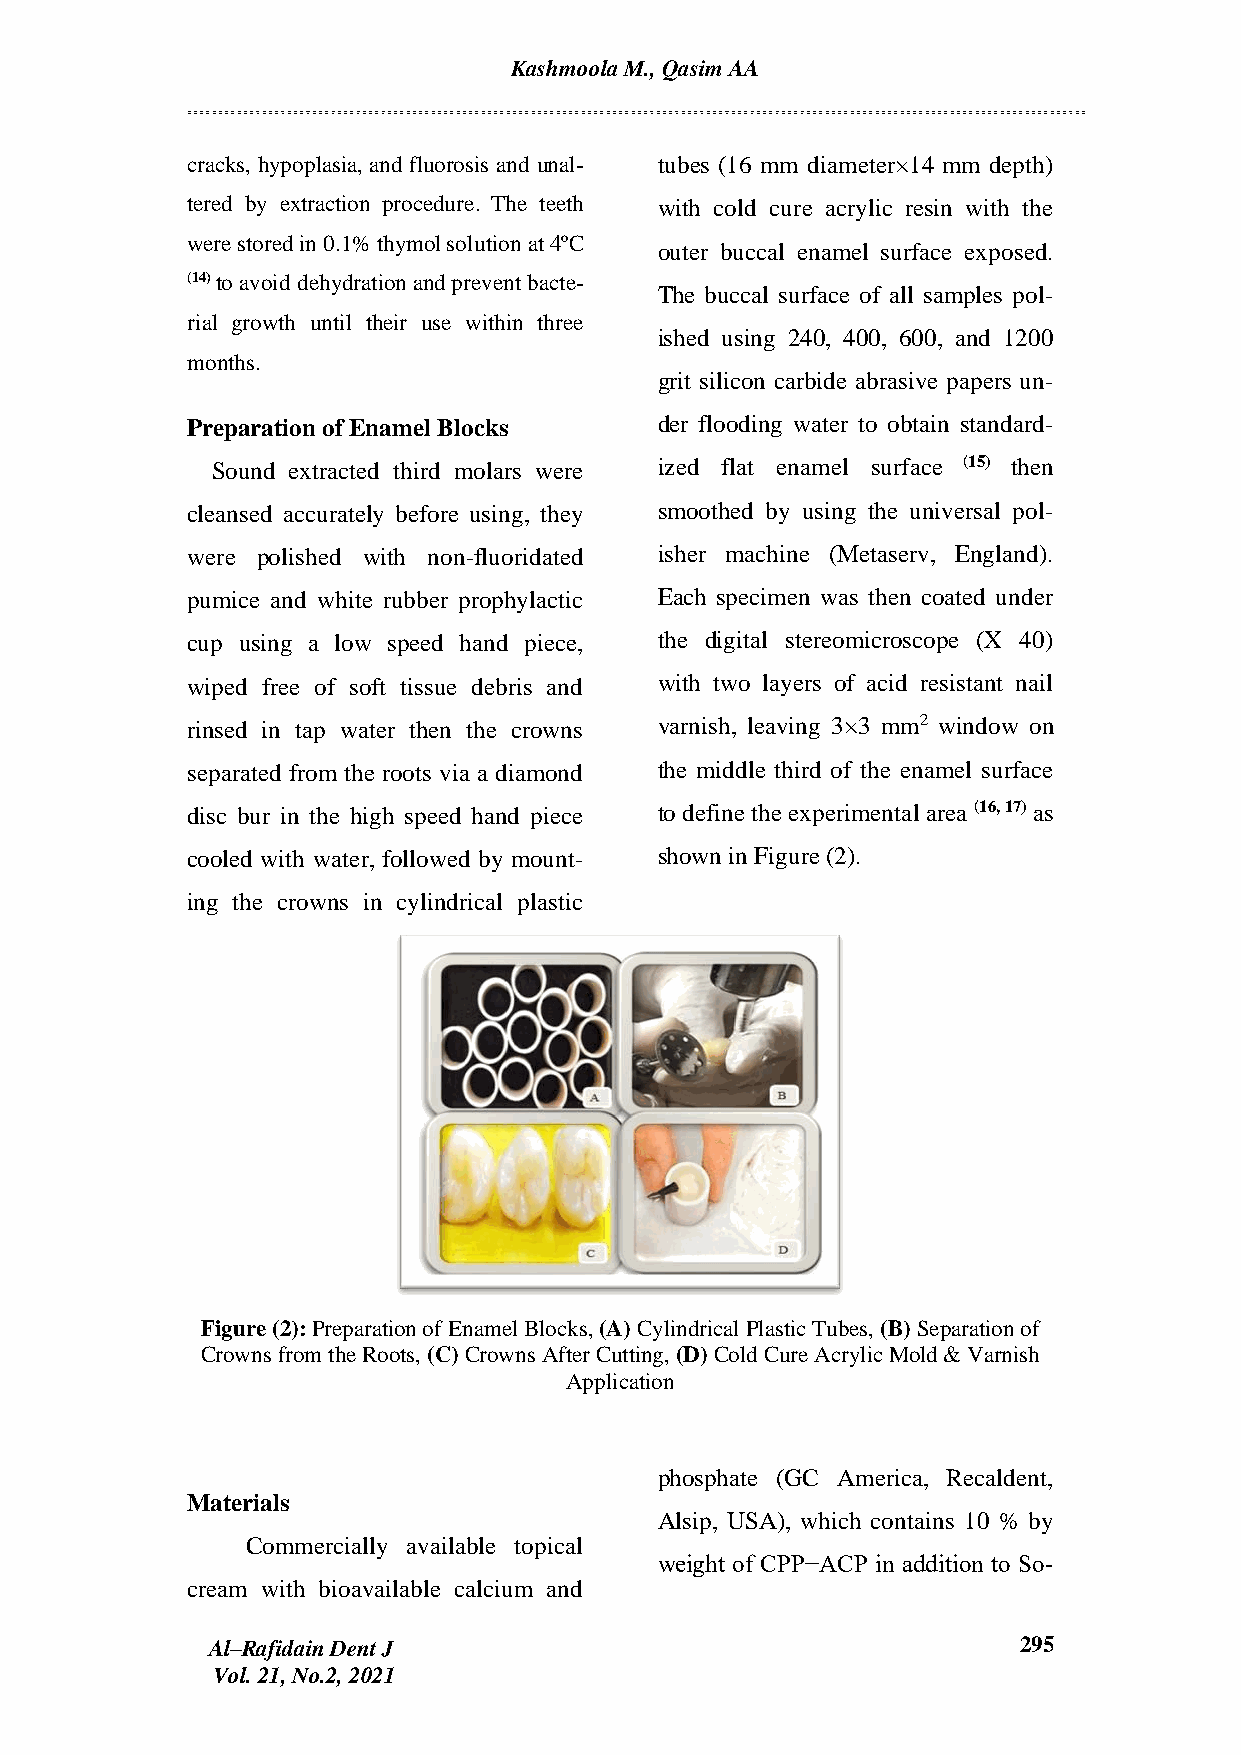
Kashmoola M., Qasim AA
 cracks, hypoplasia, and fluorosis and unal- tubes (16 mm diameter×14 mm depth)
 tered by extraction procedure. The teeth with cold cure acrylic resin with the
 were stored in 0.1% thymol solution at 4ºC
 outer buccal enamel surface exposed.
 (14) to avoid dehydration and prevent bacte-
 The buccal surface of all samples pol-
 rial growth until their use within three
 ished using 240, 400, 600, and 1200
 months.
 grit silicon carbide abrasive papers un-
 Preparation of Enamel Blocks    der flooding water to obtain standard-
 Sound extracted third molars were ized flat enamel surface (15) then
 cleansed accurately before using, they smoothed by using the universal pol-
 were polished with non-fluoridated isher machine (Metaserv, England).
 pumice and white rubber prophylactic Each specimen was then coated under
 cup using a low speed hand piece, the digital stereomicroscope (X 40)
 wiped free of soft tissue debris and with two layers of acid resistant nail
 rinsed in tap water then the crowns varnish, leaving 3×3 mm2 window on
 separated from the roots via a diamond the middle third of the enamel surface
 disc bur in the high speed hand piece to define the experimental area (16, 17) as
 cooled with water, followed by mount- shown in Figure (2).
 ing the crowns in cylindrical plastic
 Figure (2): Preparation of Enamel Blocks, (A) Cylindrical Plastic Tubes, (B) Separation of
 Crowns from the Roots, (C) Crowns After Cutting, (D) Cold Cure Acrylic Mold & Varnish
 Application
 phosphate (GC America, Recaldent,
 Materials
 Alsip, USA), which contains 10 % by
 Commercially available topical
 weight of CPP−ACP in addition to So-
 cream with bioavailable calcium and
 Al–Rafidain Dent J                                   295
 Vol. 21, No.2, 2021